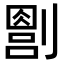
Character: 𪟔